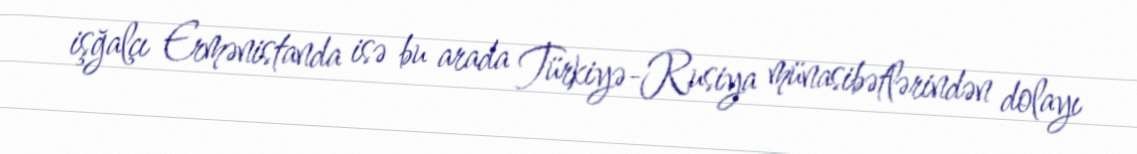
işğalçı Ermənistanda isə bu arada Türkiyə-Rusiya münasibətlərindən dolayı